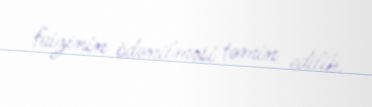
faizinin ödənilməsi təmin edilib.